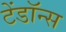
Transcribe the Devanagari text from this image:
टेंडॉन्स